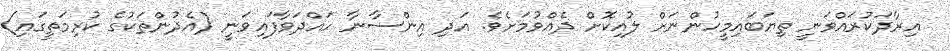
އިރާދަކުރައްވަނީ ތިޔަބައިމީހުންނަށް ލުއިކޮށް ދެއްވުމަށެވެ. އަދި އިންސާނާ ހައްދަވާފައިވަނީ (އެދުންތަކުގެ ކުރިމަތީގައި)